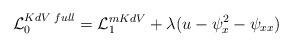
LaTeX: \begin{align*}{\cal L}_{0}^{KdV \; full} = {\cal L}_1^{mKdV} + \lambda ( u -\psi_x^2 - \psi_{xx} ) \end{align*}